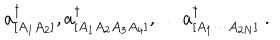
LaTeX: a _ { [ A _ { 1 } A _ { 2 } ] } ^ { \dagger } , a _ { [ A _ { 1 } A _ { 2 } A _ { 3 } A _ { 4 } ] } ^ { \dagger } , \dots a _ { [ A _ { 1 } \cdots A _ { 2 N } ] } ^ { \dagger } \; .